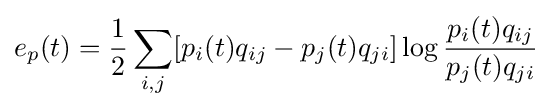
e_{p}(t)={\frac {1}{2}}\sum _{i,j}[p_{i}(t)q_{ij}-p_{j}(t)q_{ji}]\log {\frac {p_{i}(t)q_{ij}}{p_{j}(t)q_{ji}}}